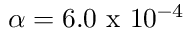
\alpha = 6 . 0 \mathrm { ~ x ~ } 1 0 ^ { - 4 }